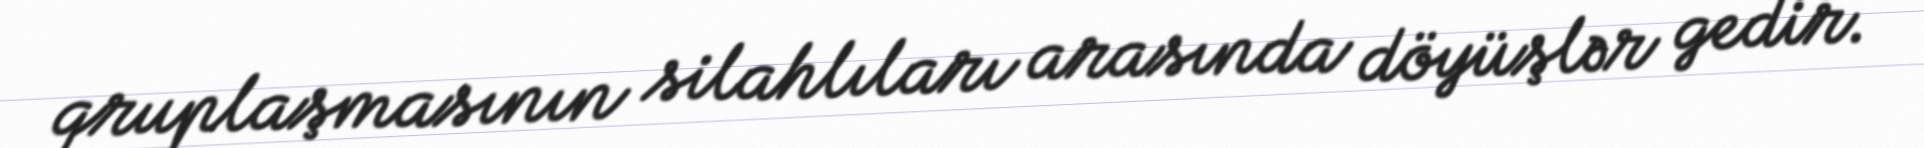
qruplaşmasının silahlıları arasında döyüşlər gedir.